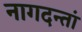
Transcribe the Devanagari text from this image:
नागदन्तां